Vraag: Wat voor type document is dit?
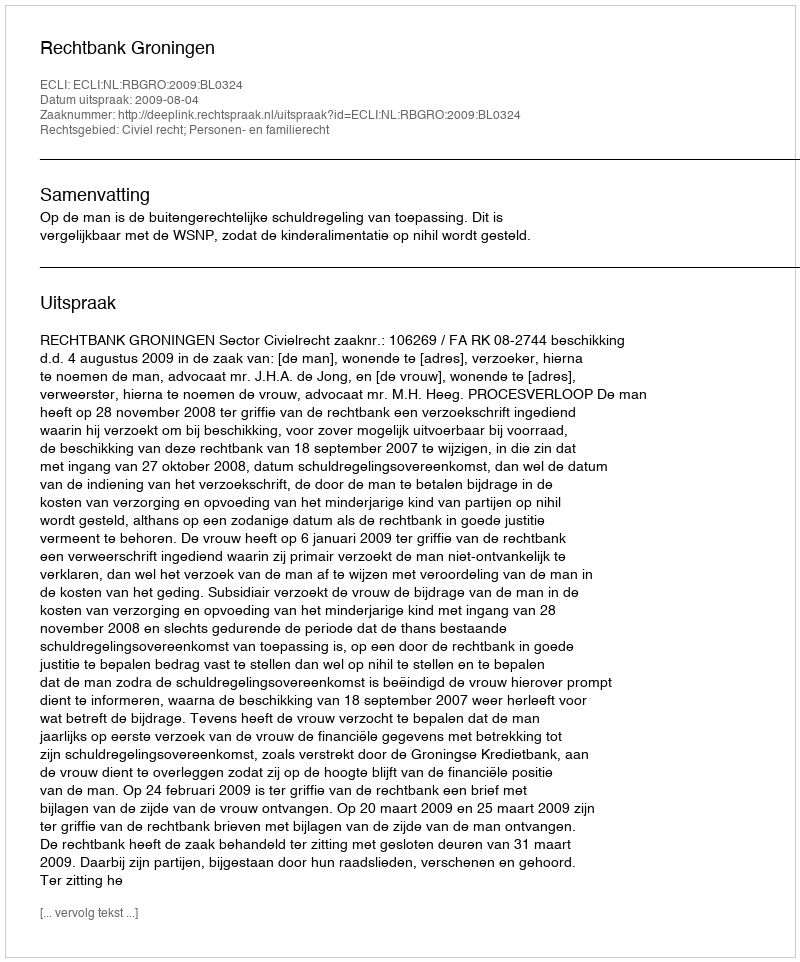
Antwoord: Uitspraak